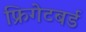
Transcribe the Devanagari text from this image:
फ्रिगेटबर्ड